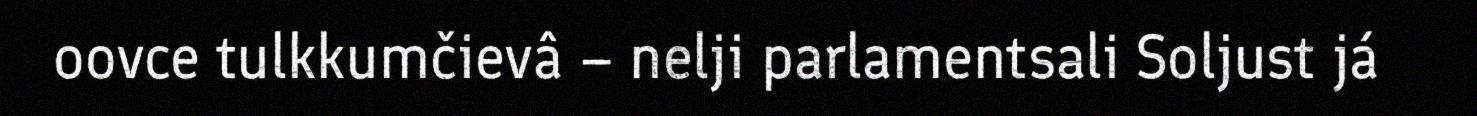
oovce tulkkumčievâ – nelji parlamentsali Soljust já